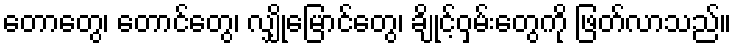
တောတွေ၊ တောင်တွေ၊ လျှိုမြောင်တွေ၊ ချိုင့်ဝှမ်းတွေကို ဖြတ်လာသည်။